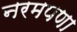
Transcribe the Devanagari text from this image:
नरमपणा